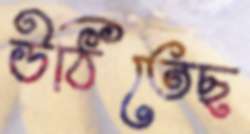
উঠিতেছ